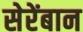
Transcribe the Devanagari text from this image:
सेरेंबान